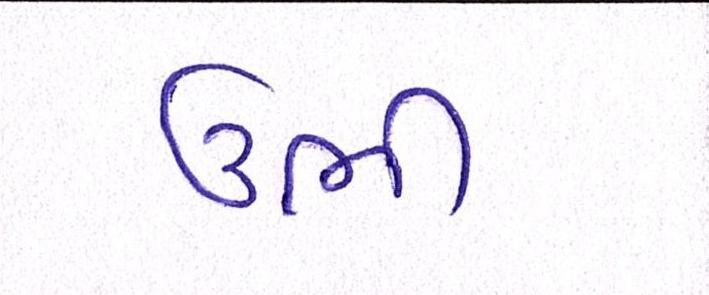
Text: ઉભી